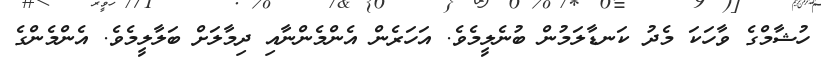
ހުޝާމްގެ ވާހަކަ މެދު ކަނޑާލަމުން ބުނެލީމެވެ. އަހަރެން އެންމެންނާއި ދިމާލަށް ބަލާލީމެވެ. އެންމެންގެ